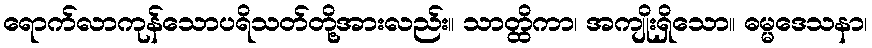
ရောက်လာကုန်သောပရိသတ်တို့အားလည်း။ သာတ္ထိကာ၊ အကျိုးရှိသော။ ဓမ္မဒေသနာ၊